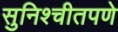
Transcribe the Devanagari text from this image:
सुनिश्चीतपणे